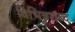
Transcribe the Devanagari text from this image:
विभिन्नशब्द